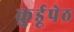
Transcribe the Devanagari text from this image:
कु्र्डूपेठ